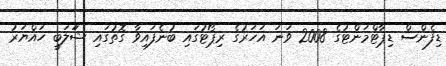
ޑިފެންސް ޑިޕާޓްމަންޓުގެ 2008 ވަނަ އަހަރުގެ ރިޕޯޓުގައި ބުނެފައިވާ ގޮތުގައި ޝަަލަބީ ހައްޔަރު